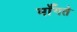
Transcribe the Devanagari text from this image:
मॉँगते